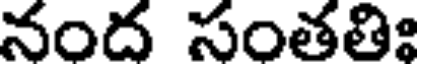
నంద సంతతిః